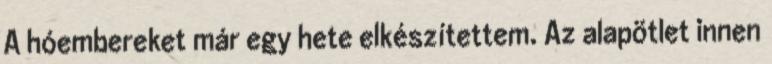
A hóembereket már egy hete elkészítettem. Az alapötlet innen